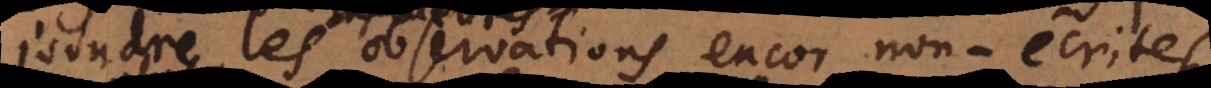
joindre les observations encor non-écrites